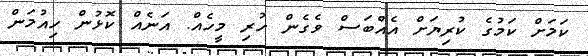
ކަމަށް ކަމުގެ ކުރިޔަށް އެއްބަސް ވެގެން ހުރި މީހެއް. އަނެއް ކޮޅުން ހިއުމަން